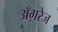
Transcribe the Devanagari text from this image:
अँग़रेज